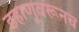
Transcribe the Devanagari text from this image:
डहाणूवरूनच